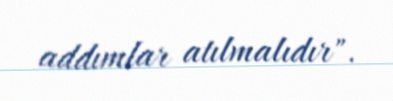
addımlar atılmalıdır".